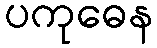
ပကုဓေန